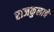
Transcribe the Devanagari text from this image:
राजकुलाचे